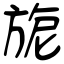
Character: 旎